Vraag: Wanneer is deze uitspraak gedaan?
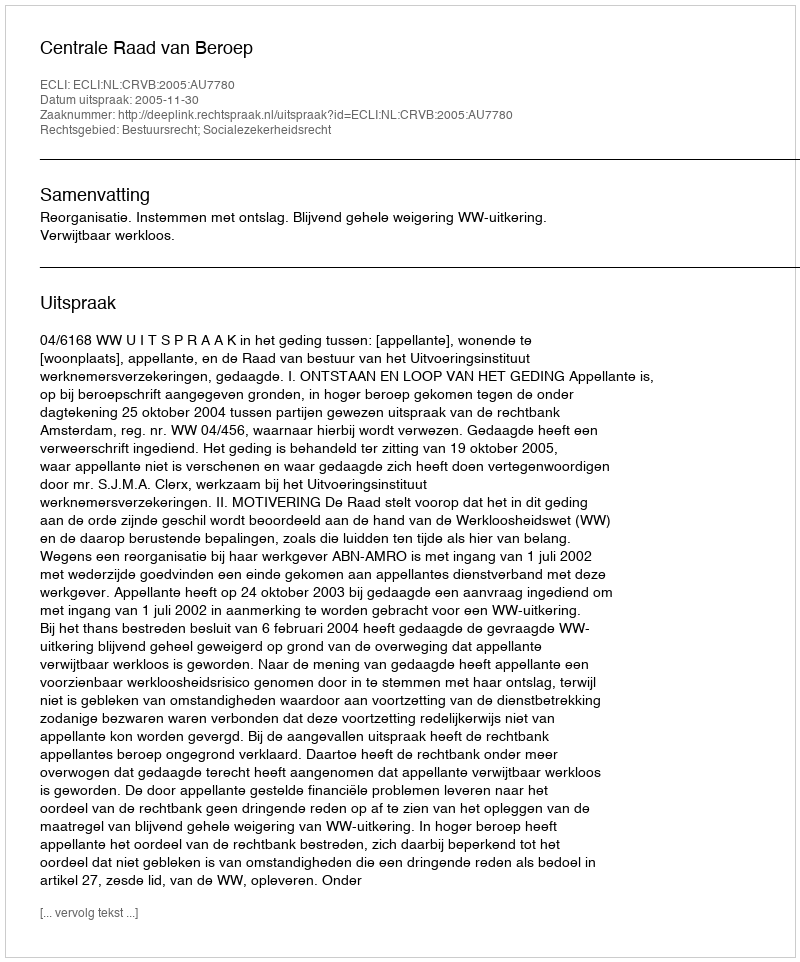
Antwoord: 2005-11-30